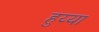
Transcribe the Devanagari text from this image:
हुय्या